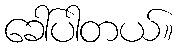
ခေါ်ပါတယ်။